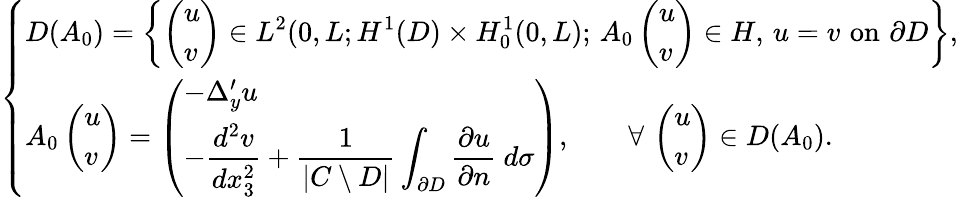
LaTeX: \left\{ \begin{array}{ll}{\displaystyle D(A_{0})=\left\{ \left(\begin{array}{l}{u}\\ {v}\end{array}\right)\in L^{2}(0,L;H^{1}(D)\times H_{0}^{1}(0,L);\, A_{0}\left(\begin{array}{l}{u}\\ {v}\end{array}\right)\in H,\, u=v\, \, \mathrm{on}\, \, \partial D\right\} ,}\\ {A_{0}\left(\begin{array}{l}{u}\\ {v}\end{array}\right)=\displaystyle\left(\begin{array}{l}{-\Delta_{y}^{\prime}u}\\ {-\displaystyle\frac{d^{2}v}{dx_{3}^{2}}+\frac{1}{\vert C\setminus D\vert}\displaystyle\int_{\partial D}\frac{\partial u}{\partial n}\ d\sigma}\end{array}\right),\qquad\forall\, \left(\begin{array}{l}{u}\\ {v}\end{array}\right)\in D(A_{0}).}\end{array}\right.